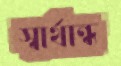
স্বার্থান্ধ